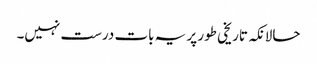
حالانکہ تاریخی طور پر یہ بات درست نہیں۔